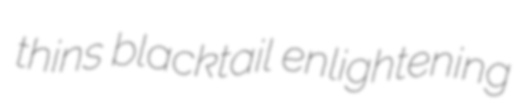
thins blacktail enlightening